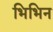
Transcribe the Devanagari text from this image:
भिभिन